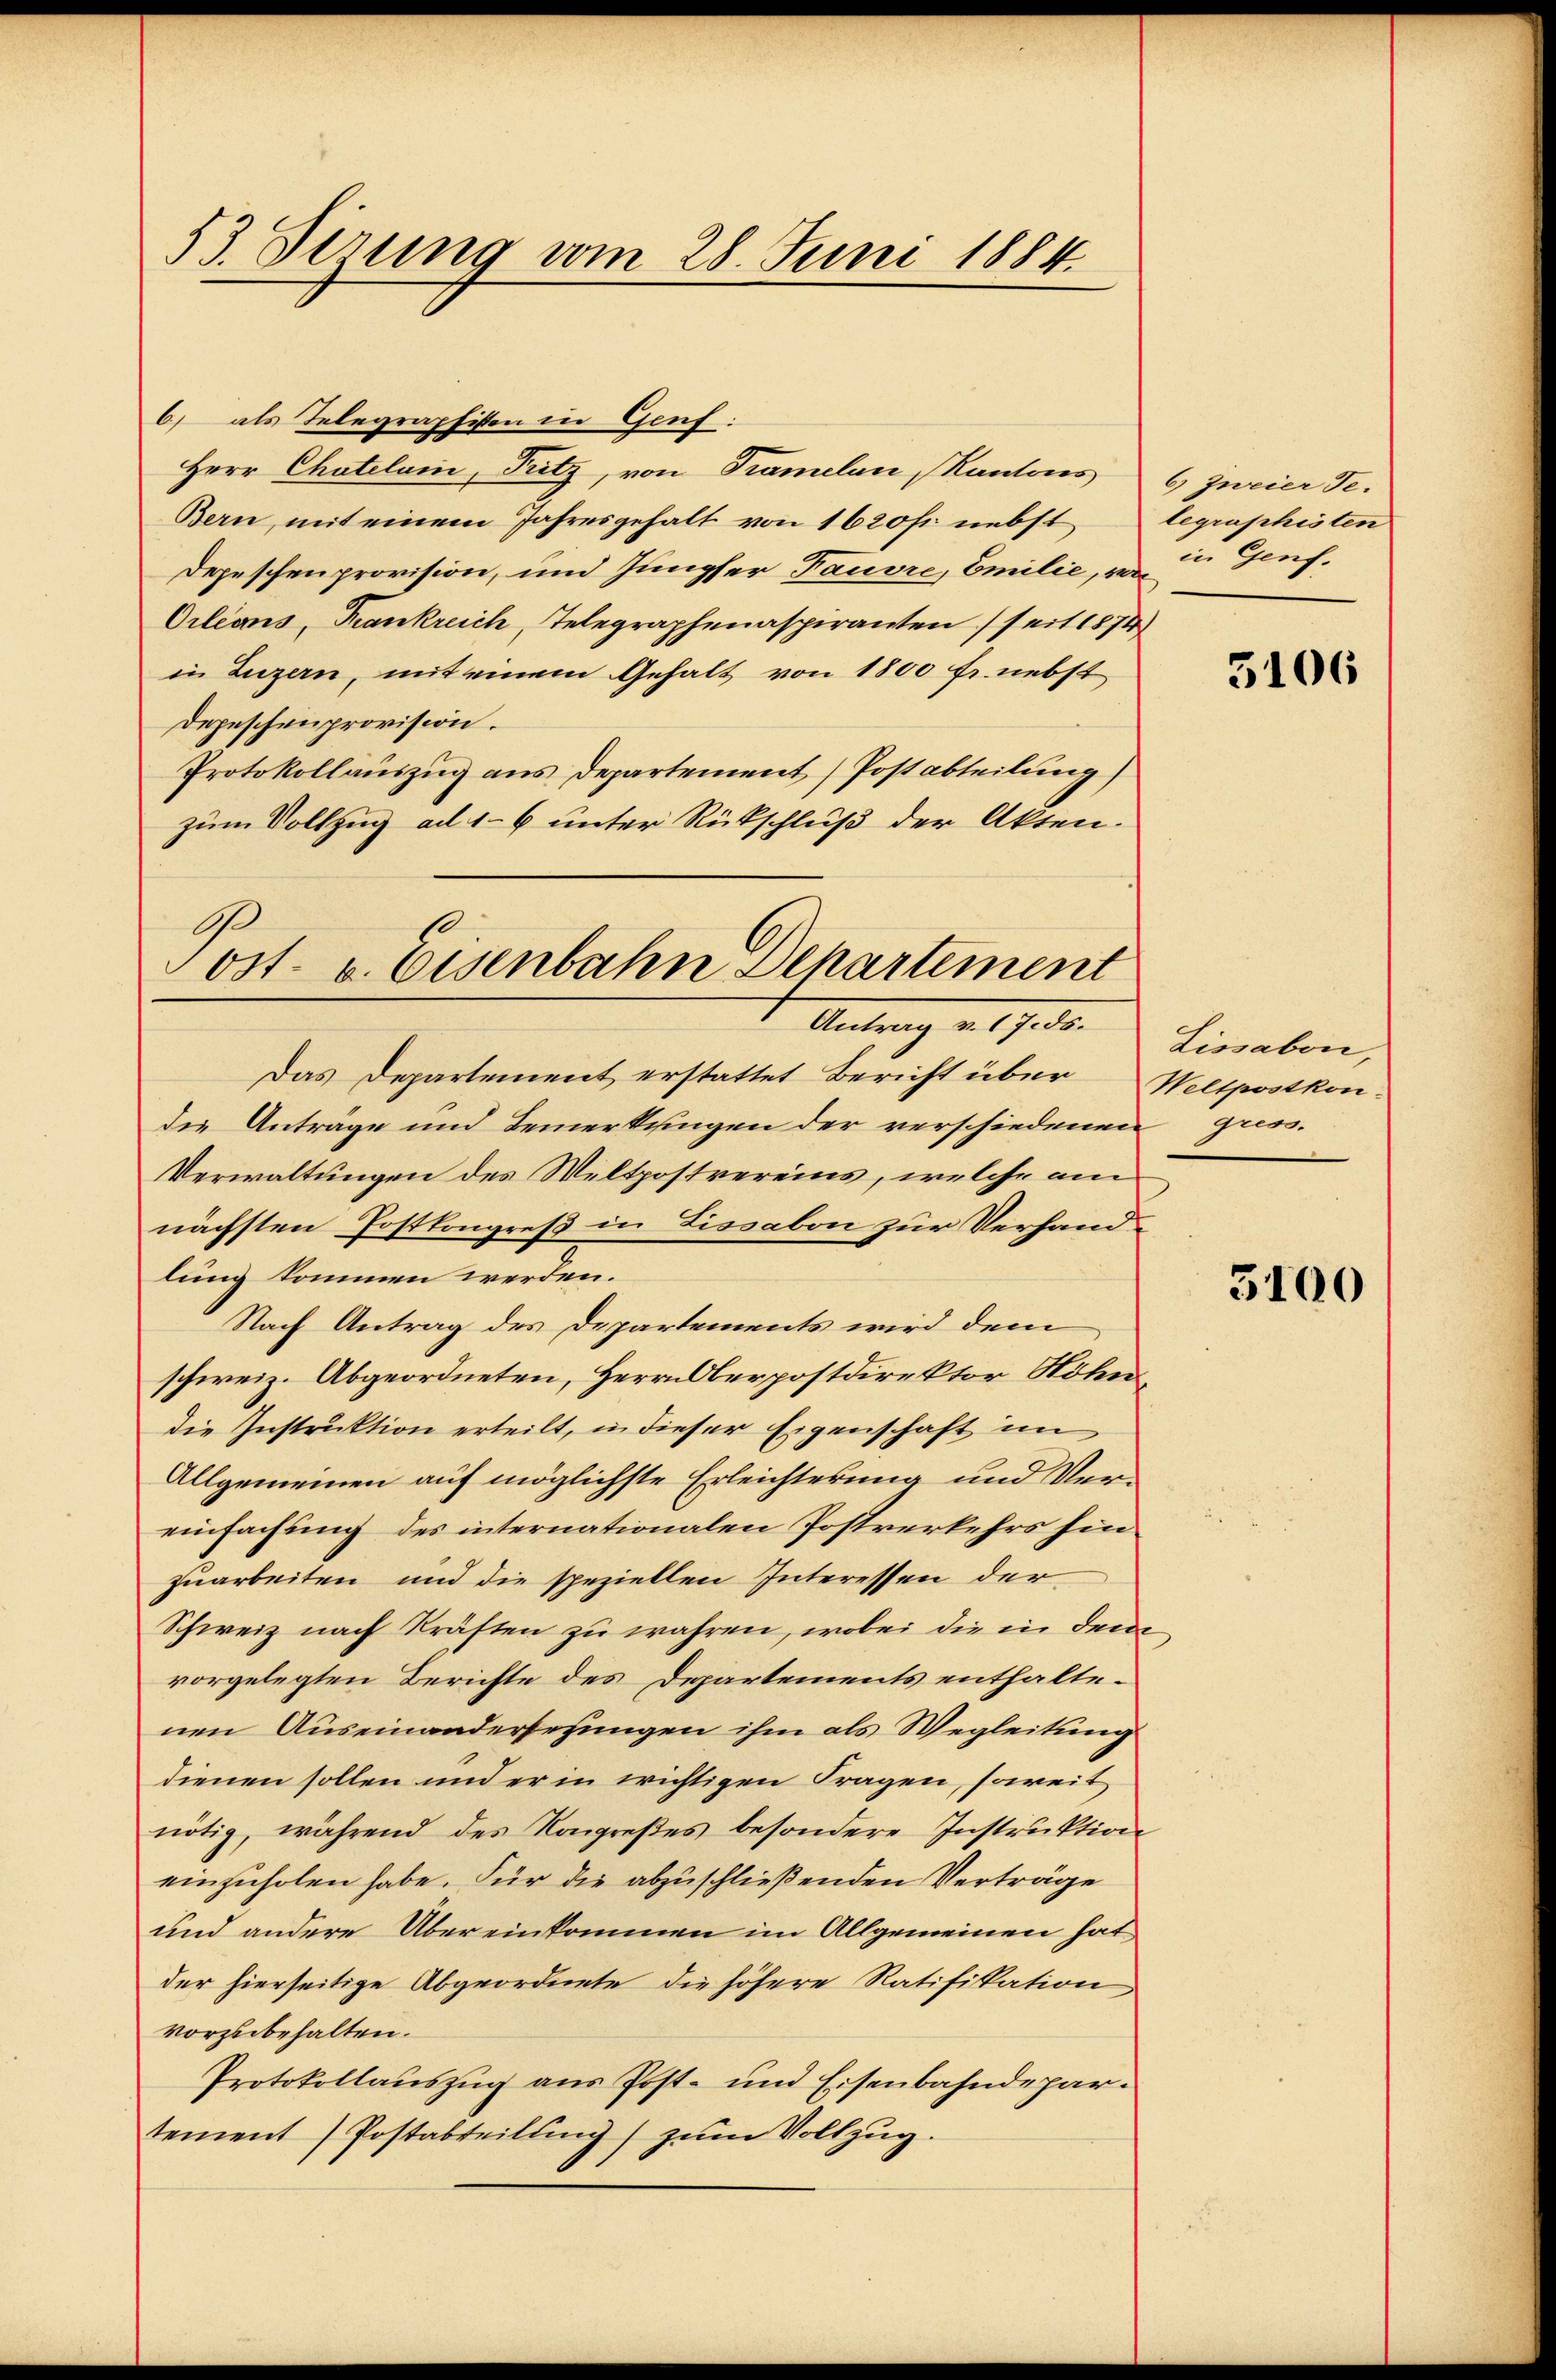
53. Derung vom 28. Juni 1884.

6) als Telegraphisten in Genf.
Herr Chatelam, Fritz, von Tramelan Kantons
Bern, mit einem Jahresgehalt von 1620 fr. nebst
Depeschenprovision, und Jungser Tauvre, Emilie, v. u. Genf.
Cilians, Frankreich, Telegraphenaspiranten seit 1874
in Luzern, mit einem Gehalt von 1800 fr. nebst
Depeschenprovision.
Protokollauszug aus Departement) Postabteilung)
zum Vollzug ad 16 unter Rückschluß der Akten.
.

ost- u. Eisenbahn Departement
Antrag v. 17. d. Lisabori,

Das Departement erstattet Bericht über Wellpostkon-
die Anträge und Bemerkungen der verschiedenen gress.
Verwaltungen des Weltpostvereins, welche am
nächsten Postkongreß in Lissabon zur Verhandlung kommen werden.
Nach Antrag des Departements wird dem
schweiz. Abgeordneten, Herrn Oberpostdirektor Höhndie Instruktion erteilt, in dieser Eigenschaft im
Allgemeinen auf möglichste Erleichterung und Vereinfachung des internationalen Postverkehrs hin
zuarbeiten und die speziellen Interessen der
Schweiz nach Kräften zu wahren, wobei die in dem
vorgelegten Berichte des Departements enthaltenen Auseinandersetzungen ihm als Wegleitung
dienen sollen und er in wichtigen Fragen, soweit
nötig, während des Kongreßes besondere Instruktion
einzuholen habe. Für die abzuschließenden Verträge
und andere Übereinkommen im Allgemeinen hat
der hierseitige Abgeordnete die höhere Ratifikation
vorzubehalten.
Protokollauszug aus Post- und Eisenbahndepartement) Postabteilŭng zŭm Vollzug.

6) zweier Te-
legraphisten

3106

3100